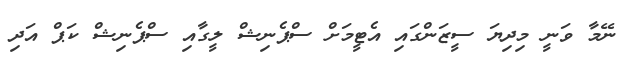
ނޭމާ ވަނީ މިދިޔަ ސީޒަންގައި އެޓީމަށް ސްޕެނިޝް ލީގާއި ސްޕެނިޝް ކަޕް އަދި